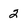
Character: 2